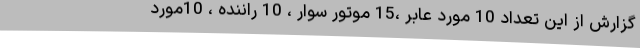
گزارش از این تعداد 10 مورد عابر ،15 موتور سوار ، 10 راننده ، 10مورد